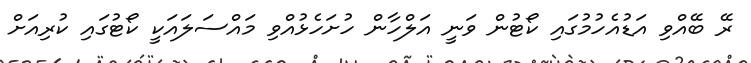
ރޭ ބޭއްވި އަޑުއެހުމުގައި ކޯޓުން ވަނީ އަލްހާން ހުށަހެޅުއްވި މައްސަލައަކީ ކޯޓުގައި ކުރިއަށް